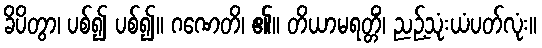
ခိပိတွာ၊ ပစ်၍ ပစ်၍။ ဂဏေတိ၊ ၏။ တိယာမရတ္တိံ၊ ညဉ့်သုံးယံပတ်လုံး။